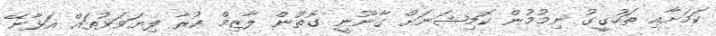
ކަމަށާއި ތަހުގީގު ނިމުމުން ކޮމިޝަނަށް ގާނޫނީ ގޮތުން ލާޒިމް ކުރާ ފިޔަވަޅުތައް އަޅާނޭ